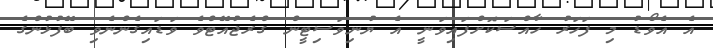
އެ އެވޯޑު މި ފަހަރު ހާއްސަކޮށްފައިވަނީ އެ ޔުނިވަސިޓީން ގްރެޖުއޭޓްވެ ވަޑައިގެންނެވި ބޭފުޅުންގެ